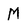
Character: M